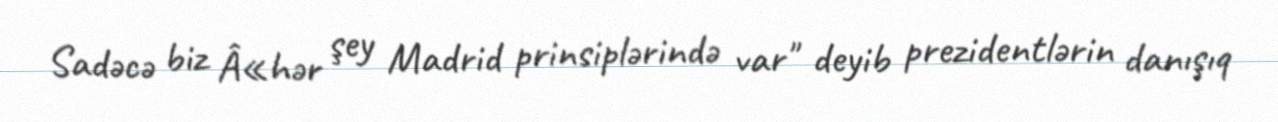
Sadəcə biz Â«hər şey Madrid prinsiplərində var" deyib prezidentlərin danışıq